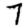
Digit: 7